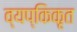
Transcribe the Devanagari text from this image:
व्यप्किकृत